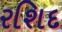
રશિદ